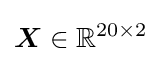
{\boldsymbol {X}}\in \mathbb {R} ^{20\times 2}